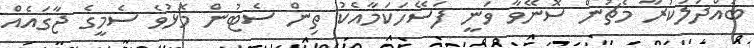
ބައްދަލުކުރާ މެޗުން ސޮނޭވާ ވަނީ ފަސޭހަކަމާއެކު ތިން ސެޓުން މޮޅުވެ ސެމީގެ ޖާގައެއް